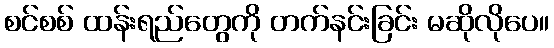
စင်စစ် ထန်းရည်တွေကို တက်နင်းခြင်း မဆိုလိုပေ။